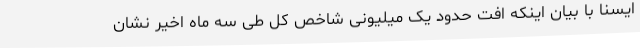
ایسنا با بیان اینکه افت حدود یک میلیونی شاخص کل طی سه ماه اخیر نشان